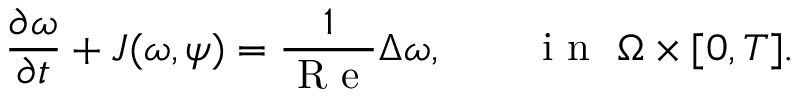
\frac { \partial \omega } { \partial t } + J ( \omega , \psi ) = \frac { 1 } { \mathrm { ~ R ~ e ~ } } \Delta \omega , \qquad \mathrm { ~ i ~ n ~ } \ \Omega \times [ 0 , T ] .